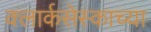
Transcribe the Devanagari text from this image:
क्लार्कसेस्काच्या